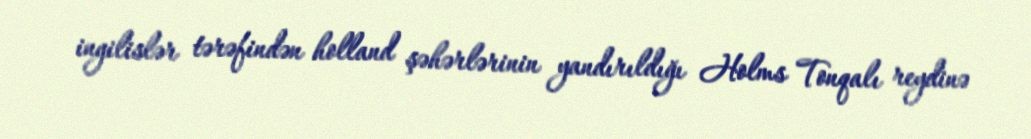
ingilislər tərəfindən holland şəhərlərinin yandırıldığı Holms Tonqalı reydinə